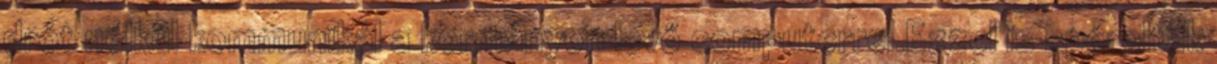
drót nélkül kommunikál a kormányon levő computerrel.Ezzel is spóroltak